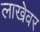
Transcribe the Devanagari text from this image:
लाखेवर